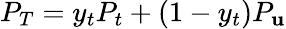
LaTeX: P_{T}=y_{t}P_{t}+(1-y_{t})P_{\mathbf{u}}